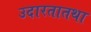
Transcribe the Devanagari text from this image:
उदारतातथा